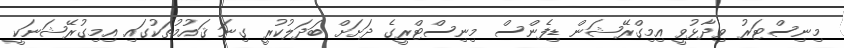
މިނިސްޓަރު ވިދާޅުވީ އިމިގްރޭޝަން ޑިފެންސް މިނިސްޓްރީގެ ދަށަށް ބަދަލުކުރީ ގިނަ ޤައުމުތަކުގައި އިމިގުރޭޝަނަކީ